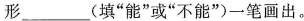
形___填”能”或”不能”)一笔画出。